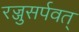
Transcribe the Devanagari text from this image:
रज्जुसर्पवत्